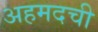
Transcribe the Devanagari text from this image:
अहमदची